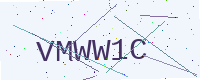
Text: VMWW1C